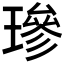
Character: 𤨵